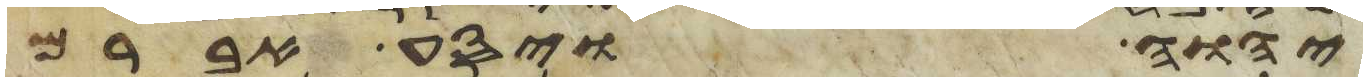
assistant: יהוה ויסע אברם